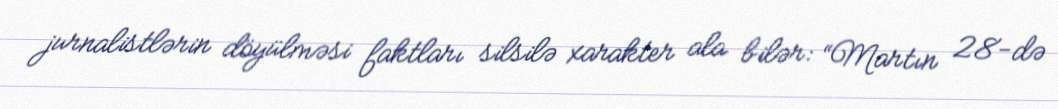
jurnalistlərin döyülməsi faktları silsilə xarakter ala bilər: “Martın 28-də